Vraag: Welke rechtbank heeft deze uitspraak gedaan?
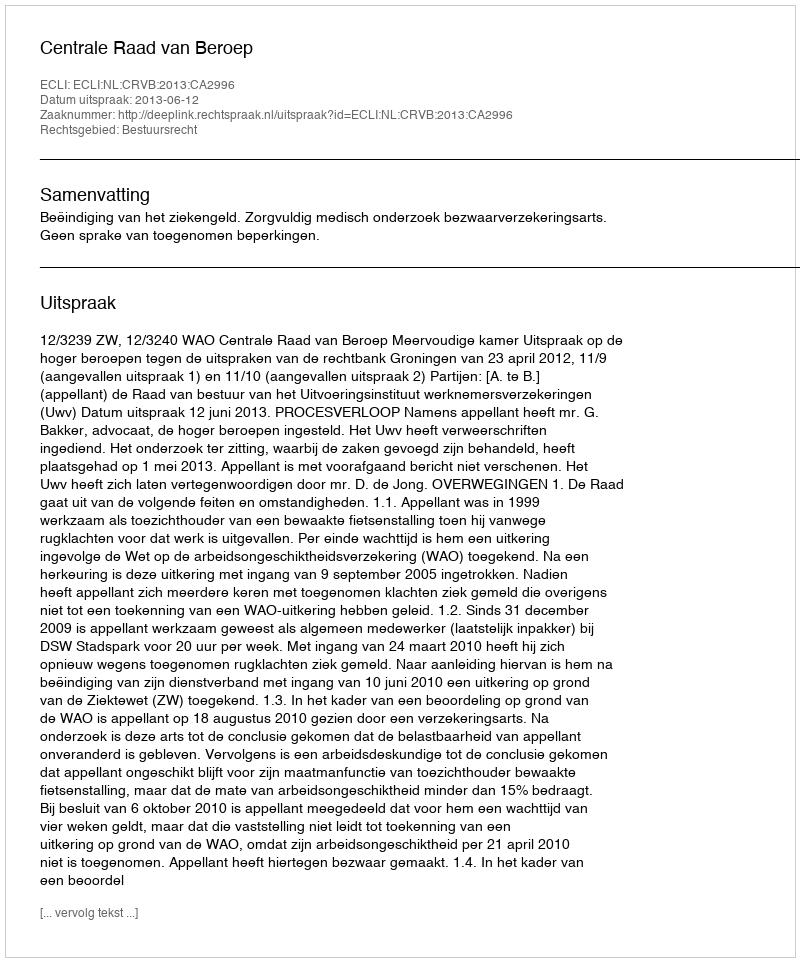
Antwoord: Centrale Raad van Beroep